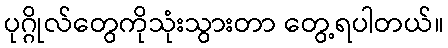
ပုဂ္ဂိုလ်တွေကိုသုံးသွားတာ တွေ့ရပါတယ်။